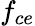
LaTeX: f_{ce}